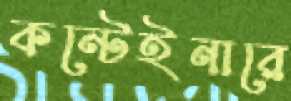
কন্টেইনারে